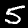
Digit: 5